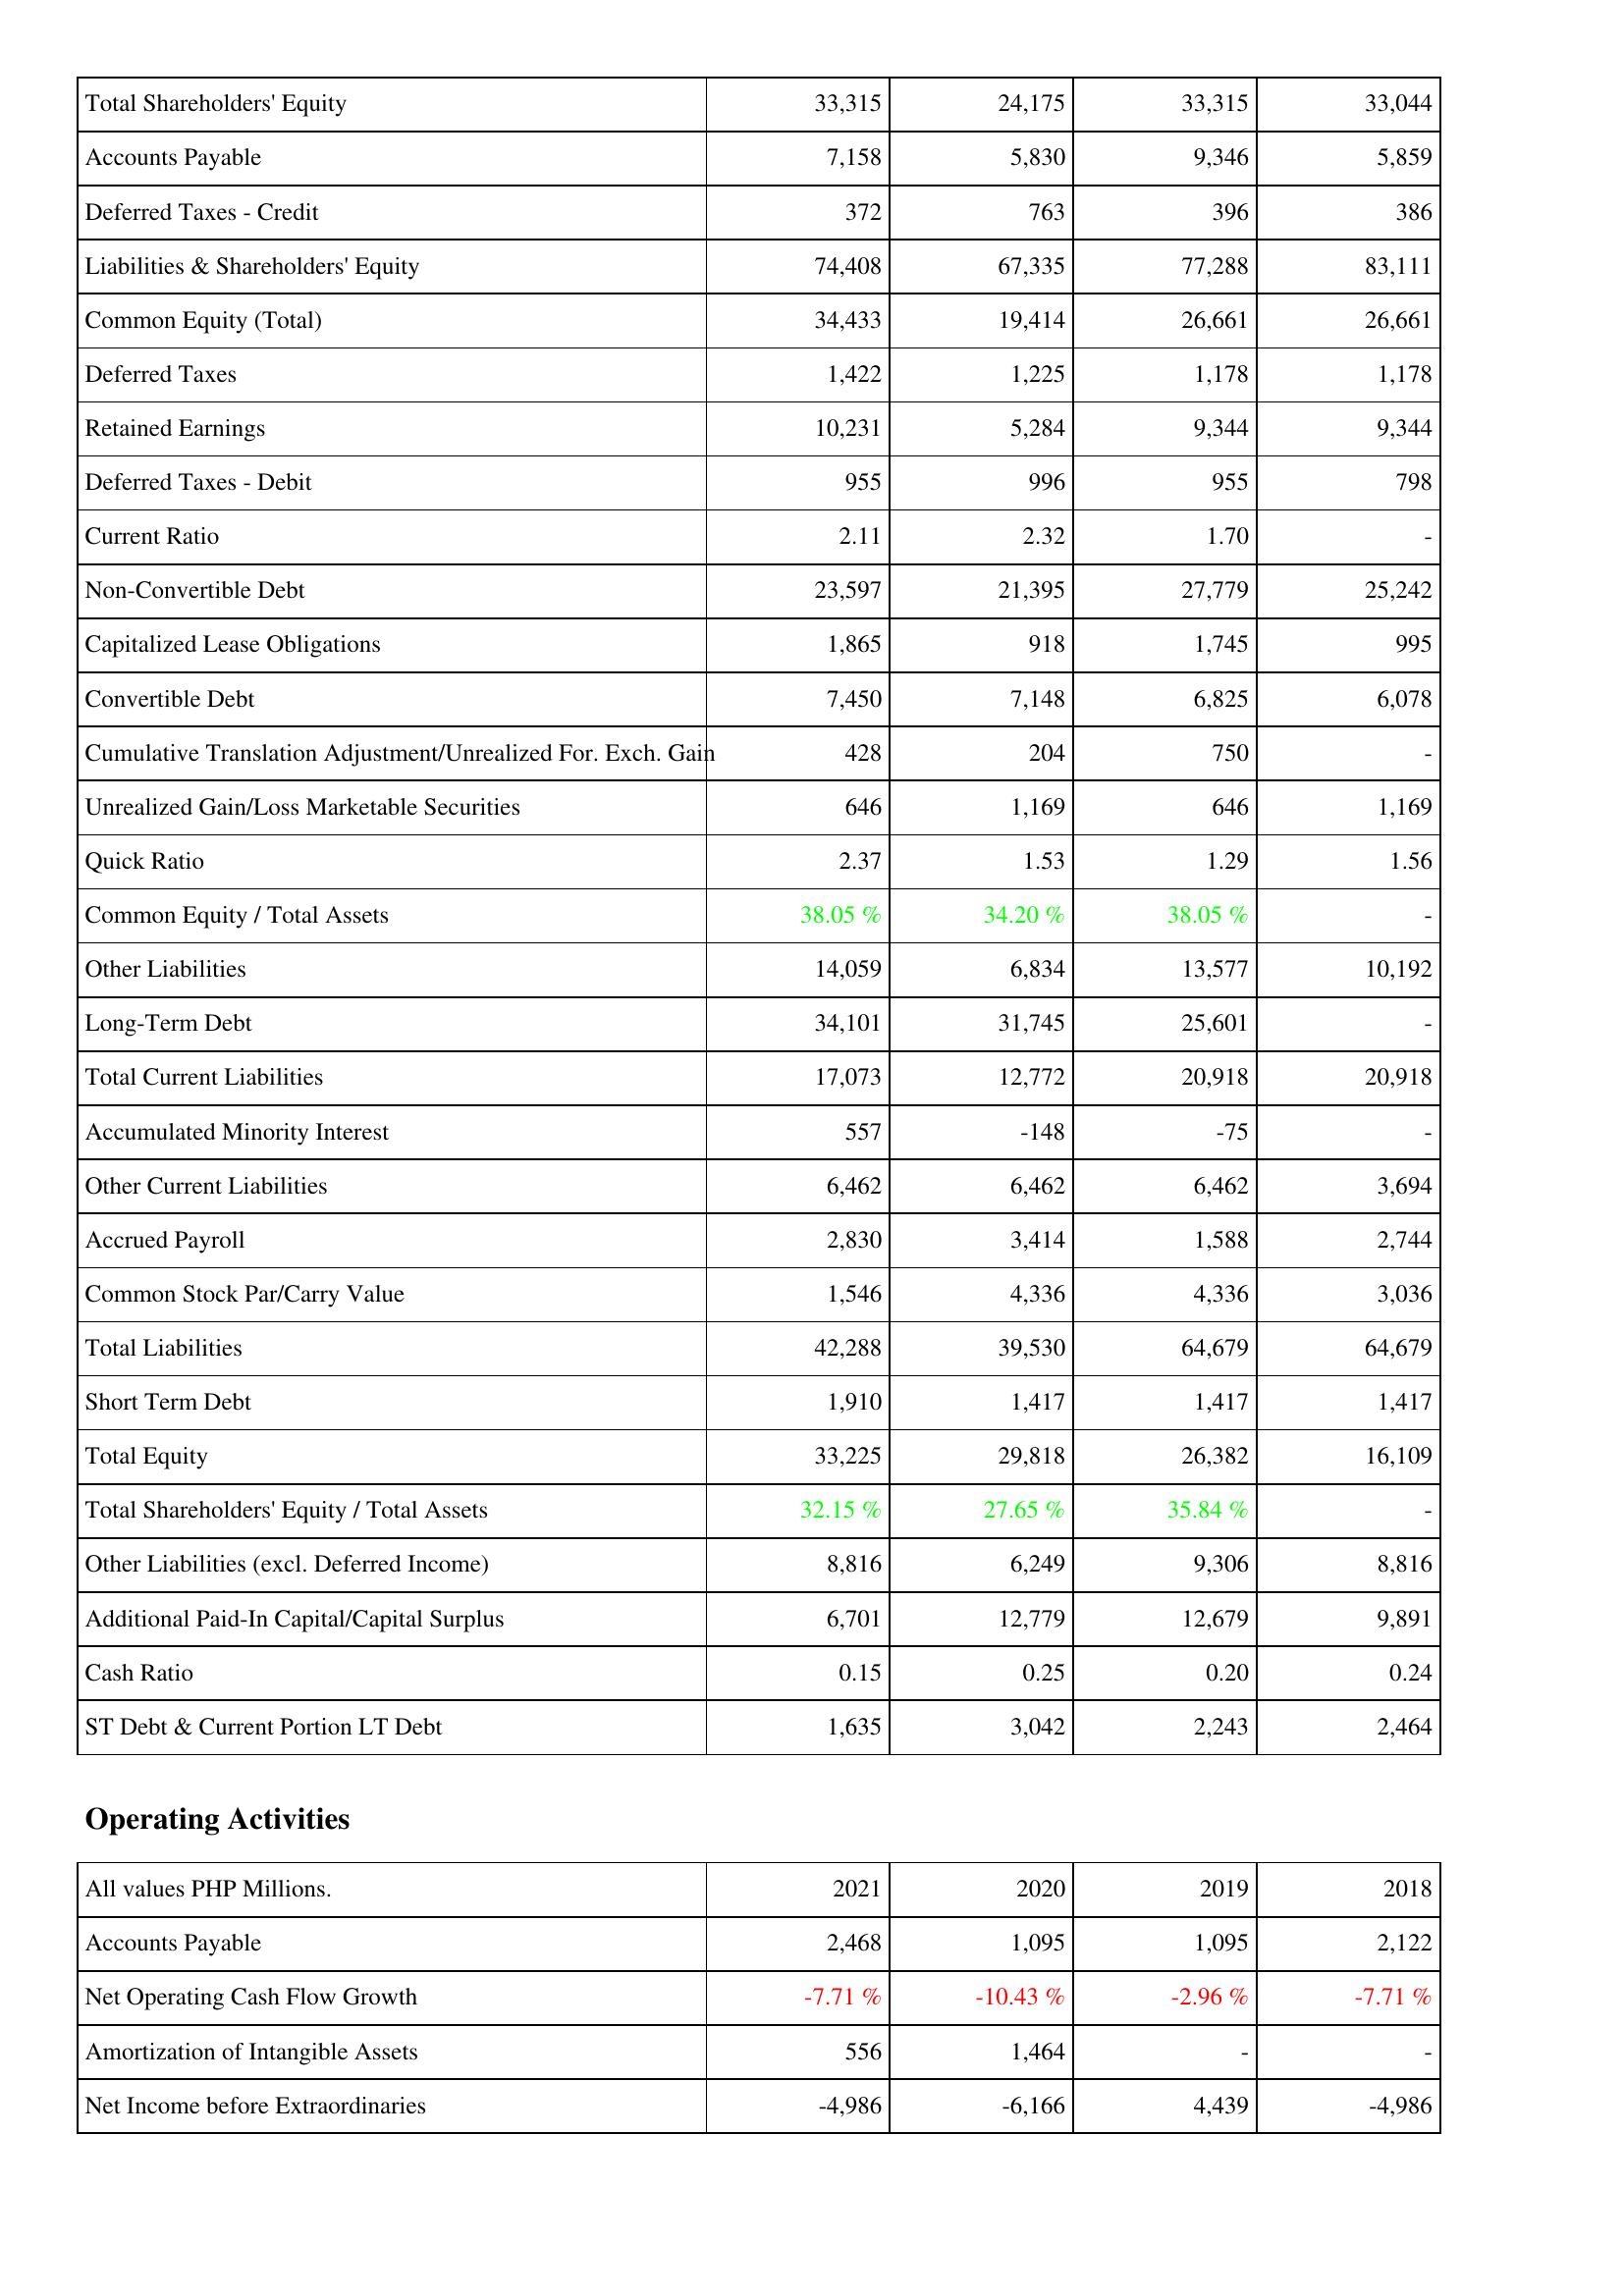
2021: Liabilities & Shareholders' Equity: Total Shareholders' Equity: 33,315
Accounts Payable: 7,158
Deferred Taxes - Credit: 372
Liabilities & Shareholders' Equity: 74,408
Common Equity (Total): 34,433
Deferred Taxes: 1,422
Retained Earnings: 10,231
Deferred Taxes - Debit: 955
Current Ratio: 2.11
Non-Convertible Debt: 23,597
Capitalized Lease Obligations: 1,865
Convertible Debt: 7,450
Cumulative Translation Adjustment/Unrealized For. Exch. Gain: 428
Unrealized Gain/Loss Marketable Securities: 646
Quick Ratio: 2.37
Common Equity / Total Assets: 38.05 %
Other Liabilities: 14,059
Long-Term Debt: 34,101
Total Current Liabilities: 17,073
Accumulated Minority Interest: 557
Other Current Liabilities: 6,462
Accrued Payroll: 2,830
Common Stock Par/Carry Value: 1,546
Total Liabilities: 42,288
Short Term Debt: 1,910
Total Equity: 33,225
Total Shareholders' Equity / Total Assets: 32.15 %
Other Liabilities (excl. Deferred Income): 8,816
Additional Paid-In Capital/Capital Surplus: 6,701
Cash Ratio: 0.15
ST Debt & Current Portion LT Debt: 1,635
Operating Activities: Accounts Payable: 2,468
Net Operating Cash Flow Growth: -7.71 %
Amortization of Intangible Assets: 556
Net Income before Extraordinaries: -4,986
2020: Liabilities & Shareholders' Equity: Total Shareholders' Equity: 24,175
Accounts Payable: 5,830
Deferred Taxes - Credit: 763
Liabilities & Shareholders' Equity: 67,335
Common Equity (Total): 19,414
Deferred Taxes: 1,225
Retained Earnings: 5,284
Deferred Taxes - Debit: 996
Current Ratio: 2.32
Non-Convertible Debt: 21,395
Capitalized Lease Obligations: 918
Convertible Debt: 7,148
Cumulative Translation Adjustment/Unrealized For. Exch. Gain: 204
Unrealized Gain/Loss Marketable Securities: 1,169
Quick Ratio: 1.53
Common Equity / Total Assets: 34.20 %
Other Liabilities: 6,834
Long-Term Debt: 31,745
Total Current Liabilities: 12,772
Accumulated Minority Interest: -148
Other Current Liabilities: 6,462
Accrued Payroll: 3,414
Common Stock Par/Carry Value: 4,336
Total Liabilities: 39,530
Short Term Debt: 1,417
Total Equity: 29,818
Total Shareholders' Equity / Total Assets: 27.65 %
Other Liabilities (excl. Deferred Income): 6,249
Additional Paid-In Capital/Capital Surplus: 12,779
Cash Ratio: 0.25
ST Debt & Current Portion LT Debt: 3,042
Operating Activities: Accounts Payable: 1,095
Net Operating Cash Flow Growth: -10.43 %
Amortization of Intangible Assets: 1,464
Net Income before Extraordinaries: -6,166
2019: Liabilities & Shareholders' Equity: Total Shareholders' Equity: 33,315
Accounts Payable: 9,346
Deferred Taxes - Credit: 396
Liabilities & Shareholders' Equity: 77,288
Common Equity (Total): 26,661
Deferred Taxes: 1,178
Retained Earnings: 9,344
Deferred Taxes - Debit: 955
Current Ratio: 1.70
Non-Convertible Debt: 27,779
Capitalized Lease Obligations: 1,745
Convertible Debt: 6,825
Cumulative Translation Adjustment/Unrealized For. Exch. Gain: 750
Unrealized Gain/Loss Marketable Securities: 646
Quick Ratio: 1.29
Common Equity / Total Assets: 38.05 %
Other Liabilities: 13,577
Long-Term Debt: 25,601
Total Current Liabilities: 20,918
Accumulated Minority Interest: -75
Other Current Liabilities: 6,462
Accrued Payroll: 1,588
Common Stock Par/Carry Value: 4,336
Total Liabilities: 64,679
Short Term Debt: 1,417
Total Equity: 26,382
Total Shareholders' Equity / Total Assets: 35.84 %
Other Liabilities (excl. Deferred Income): 9,306
Additional Paid-In Capital/Capital Surplus: 12,679
Cash Ratio: 0.20
ST Debt & Current Portion LT Debt: 2,243
Operating Activities: Accounts Payable: 1,095
Net Operating Cash Flow Growth: -2.96 %
Amortization of Intangible Assets: -
Net Income before Extraordinaries: 4,439
2018: Liabilities & Shareholders' Equity: Total Shareholders' Equity: 33,044
Accounts Payable: 5,859
Deferred Taxes - Credit: 386
Liabilities & Shareholders' Equity: 83,111
Common Equity (Total): 26,661
Deferred Taxes: 1,178
Retained Earnings: 9,344
Deferred Taxes - Debit: 798
Current Ratio: -
Non-Convertible Debt: 25,242
Capitalized Lease Obligations: 995
Convertible Debt: 6,078
Cumulative Translation Adjustment/Unrealized For. Exch. Gain: -
Unrealized Gain/Loss Marketable Securities: 1,169
Quick Ratio: 1.56
Common Equity / Total Assets: -
Other Liabilities: 10,192
Long-Term Debt: -
Total Current Liabilities: 20,918
Accumulated Minority Interest: -
Other Current Liabilities: 3,694
Accrued Payroll: 2,744
Common Stock Par/Carry Value: 3,036
Total Liabilities: 64,679
Short Term Debt: 1,417
Total Equity: 16,109
Total Shareholders' Equity / Total Assets: -
Other Liabilities (excl. Deferred Income): 8,816
Additional Paid-In Capital/Capital Surplus: 9,891
Cash Ratio: 0.24
ST Debt & Current Portion LT Debt: 2,464
Operating Activities: Accounts Payable: 2,122
Net Operating Cash Flow Growth: -7.71 %
Amortization of Intangible Assets: -
Net Income before Extraordinaries: -4,986